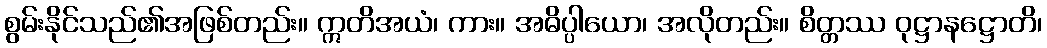
စွမ်းနိုင်သည်၏အဖြစ်တည်း။ ဣတိအယံ၊ ကား။ အဓိပ္ပါယော၊ အလိုတည်း။ စိတ္တဿ ဝုဋ္ဌာနဋ္ဌောတိ၊